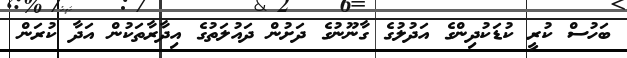
ބަހުސް ކުރީ ކުޑަކުދިންގެ އަދުލުގެ ގާނޫނުގެ ދަށުން ދައުލަތުގެ އިދާރާތަކުން އަދާ ކުރަން